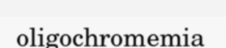
oligochromemia